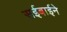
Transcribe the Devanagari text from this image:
सईबाईने